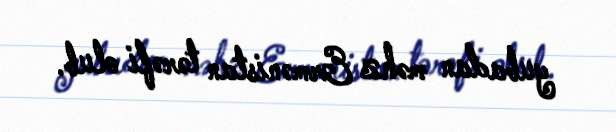
yubadan məhz Ermənistan tərəfi olub.